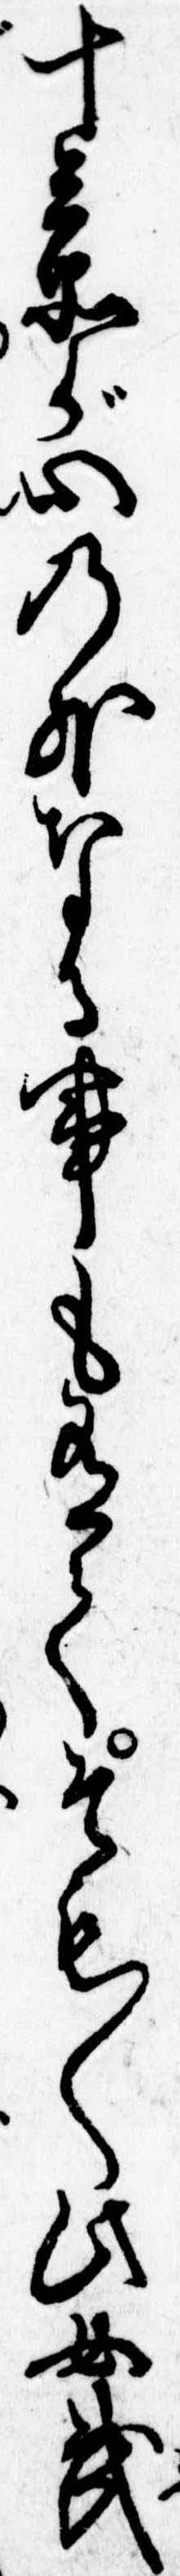
十兵衛が心の外なる事も有てそも〱此女武